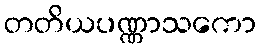
တတိယပဏ္ဏာသကော